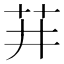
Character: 𬜣